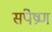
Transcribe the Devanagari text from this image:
संपेष्रण